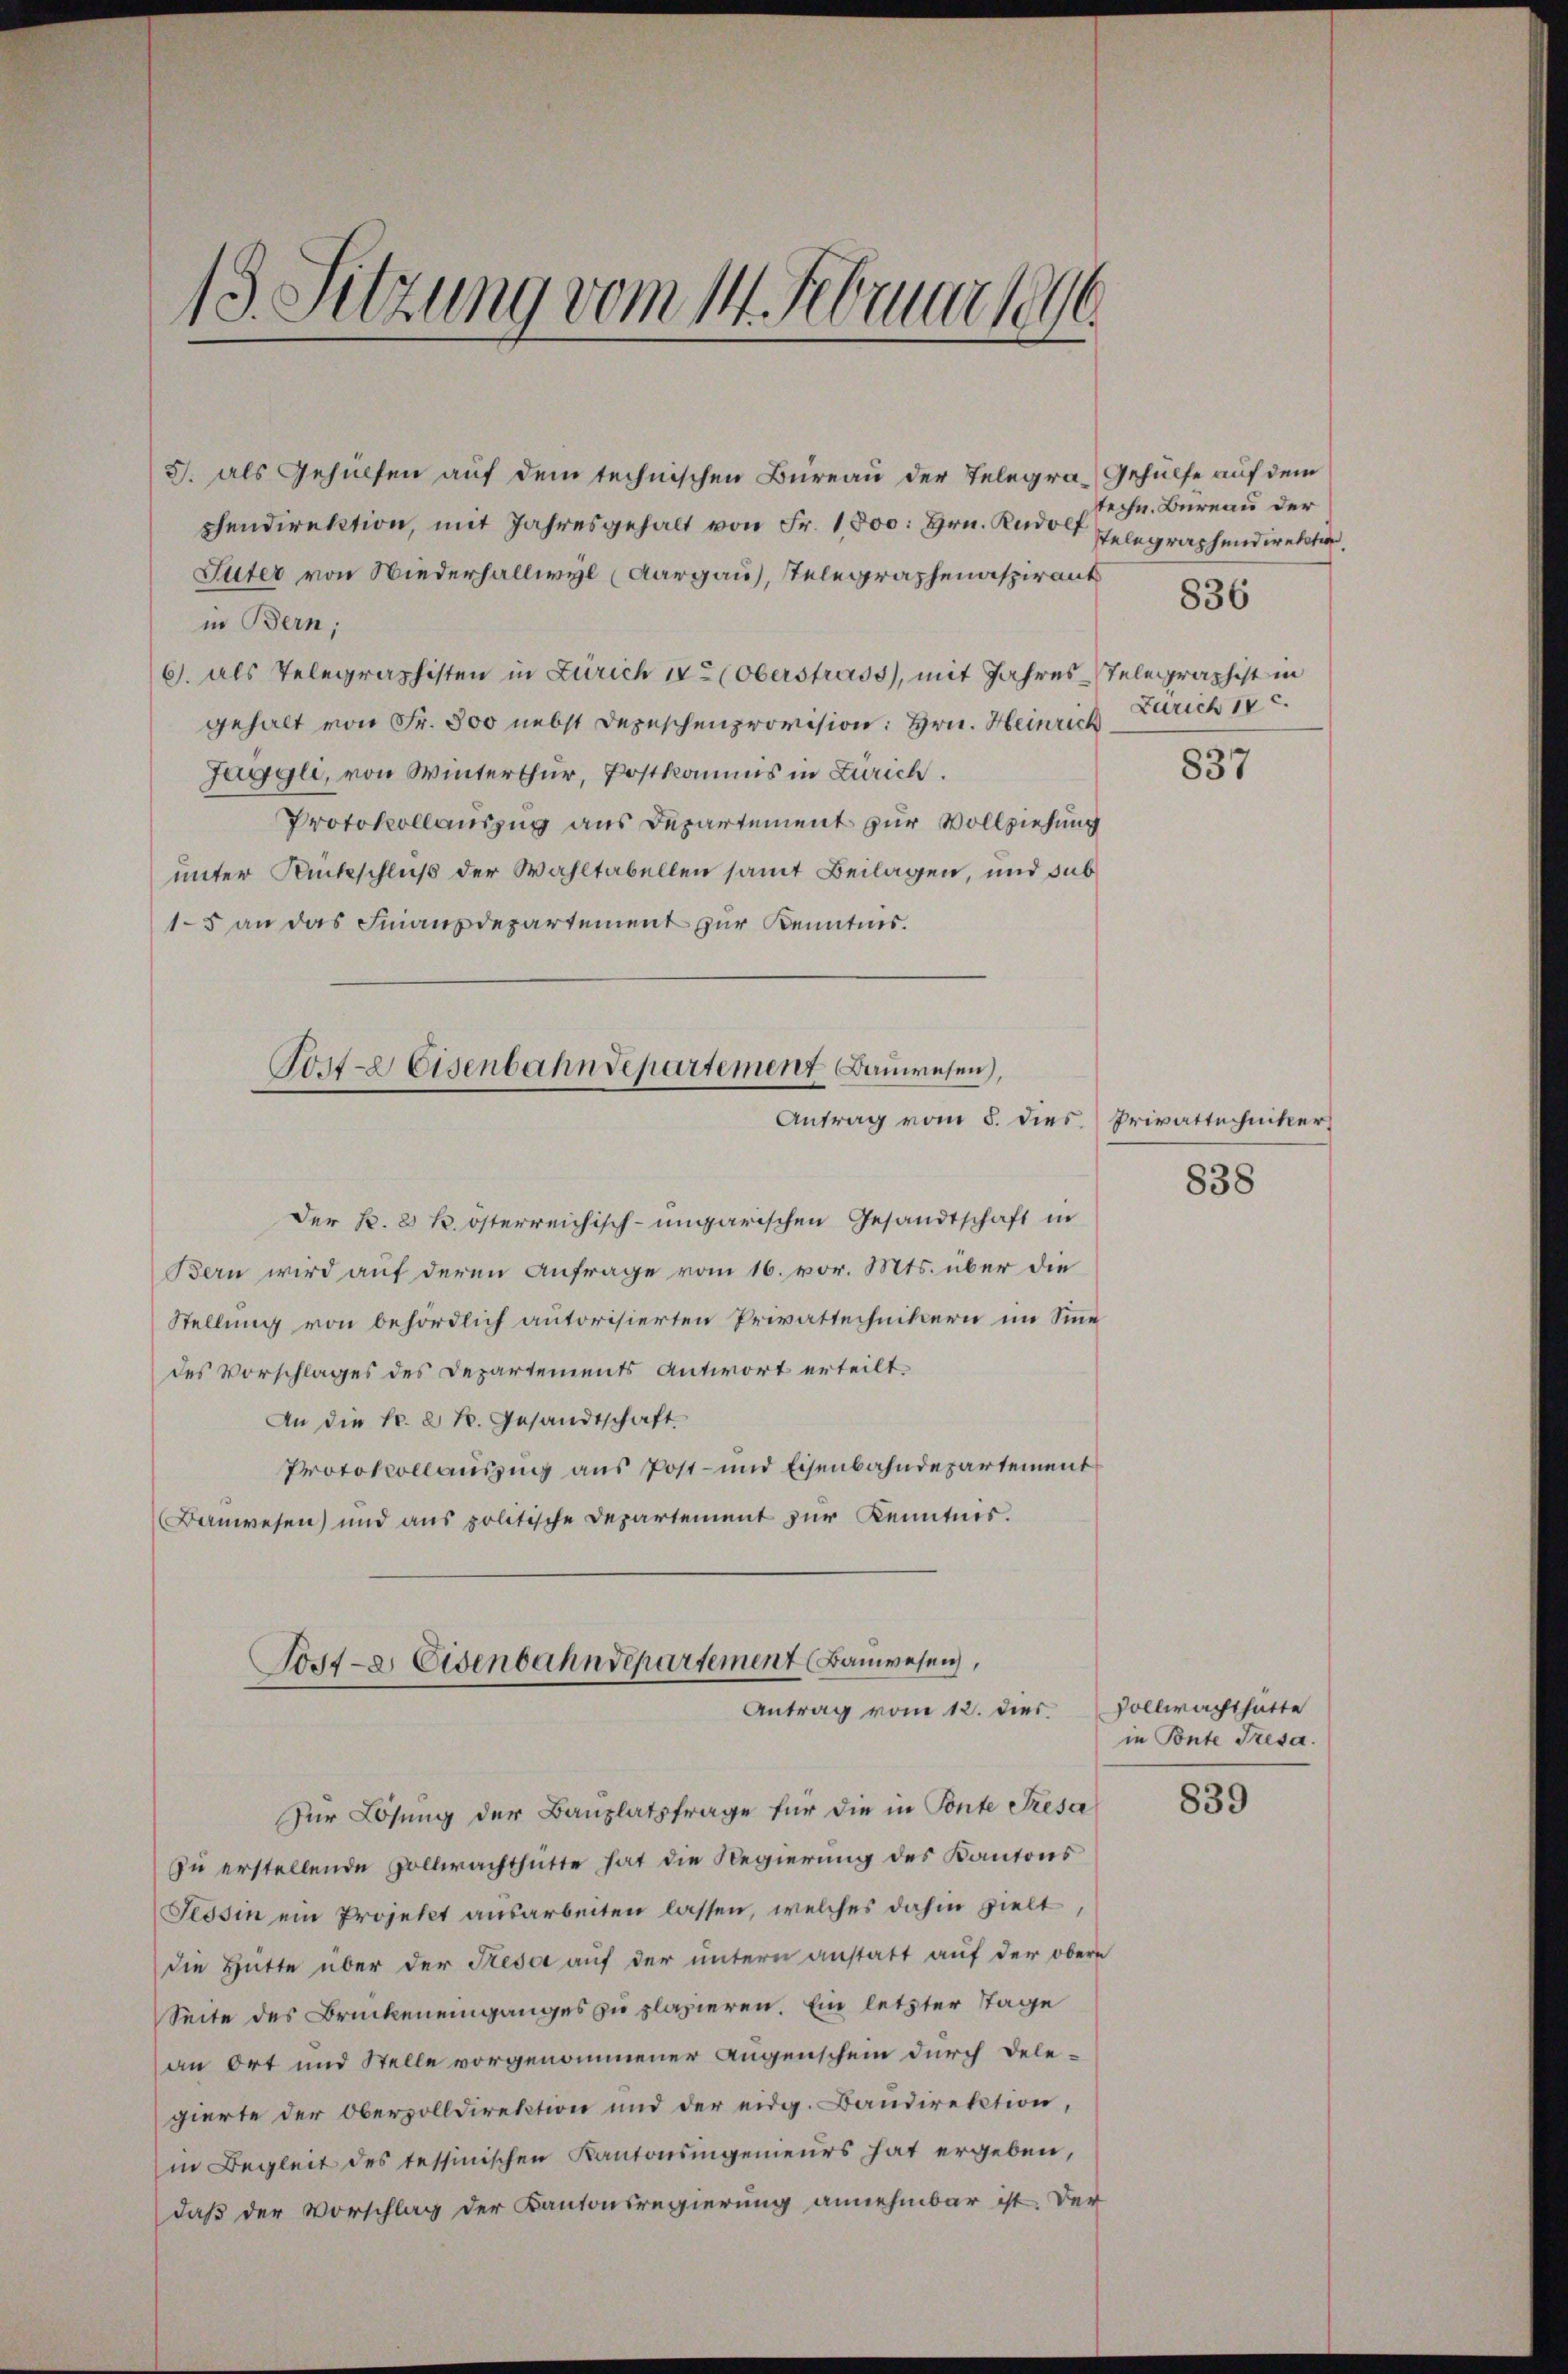
13. Sitzung vom 14. Februar 1896.

J. als Gehülfen auf dem technischen Büreau der Telegra-Gehülfe auf dem
phendirektion, mit Jahresgehalt von Fr. 1,800: Hrn. Rudolf Telegraphendirektion,
Suter von Niederhallwyl (Aargau), telegraphenaspirant
in Bern;
6. als Telegraphisten in Zürich er (Oberstrass), mit Jahres-Telegraphist in
gehalt von Fr. 800 nebst Depeschenprovision: Hrn. Heinrich Carich 17.
Jäggli, von Winterthur, Postkommis in Zürich.
Protokollauszug aus Departement zur Vollziehung
unter Rückschluß der Wahltabellen samt Beilagen, und sub
15 an das Finanzdepartement zur Kenntnis.
Torte Eisenbahndepartement Bauwesen,

Antrag vom 5. dies Privattechniker

Der K. 8 k. österreichisch-ungarischen Gesandtschaft in
Bern wird auf deren Anfrage vom 16. vor. Mts. über die
Stellung von behördlich autorisierten Privattechnikern im Sinne
des Vorschlages des Departements Antwort erteilt.
An die Fr. 2 k. Gesandtschaft.
Protokollauszug aus Post- und Eisenbahndepartement
Bauwesen) und aus politische Departement zur Kenntnis.

Torte. Eisenbahndepartement (Bauwesen,
Antrag vom 12. dies

Zur Lösung der Bauplatzfrage für die in Ponte Fresa
zu erstellende Zollwachthütte hat die Regierung des Kantons
Tessin ein Projekt ausarbeiten lassen, welches dahin zielt,
die Hütte über der Reser auf der untern anstatt auf der obere
Seite des Brückeneinganges zu plazieren Ein letzter Tage
an Ort und Stelle vorgenommener Augenschein durch Delegierte der Oberzolldirektion und der eidg. Baŭdirektion,
in Begleit des Tessinischen Kantonsingenieurs hat ergeben,
daß der Vorschlag der Kantonsregierung annehmbar ist. Der

techn. Bureau der
836

837

838

Vollmacht hätte
in Ponte Tresa.

839